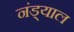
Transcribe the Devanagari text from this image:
नंड्याल